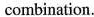
combination.